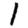
Digit: 1